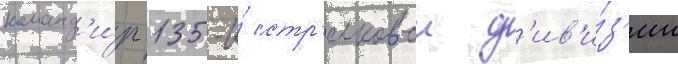
команд'и́р 135-и́ стр'елковои д'ив'и́з'ии